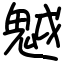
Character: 魆